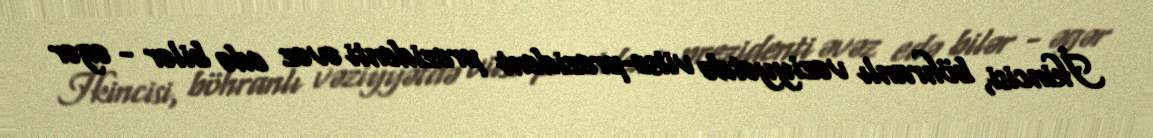
İkincisi, böhranlı vəziyyətdə vitse-prezident prezidenti əvəz edə bilər - əgər